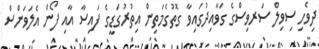
ދިވެހި ސިވިލް ސަރވިސްގެ ގަވާއިދުގައިވާ ގޮތުގެމަތިން އިތުރުގަޑީގެ ފައިސާ އާއި ފޯން އެލަވަންސް